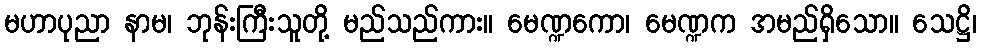
မဟာပုညာ နာမ၊ ဘုန်းကြီးသူတို့ မည်သည်ကား။ မေဏ္ဍကော၊ မေဏ္ဍက အမည်ရှိသော။ သေဋ္ဌိ၊